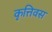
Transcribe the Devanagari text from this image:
कृत्तिवस